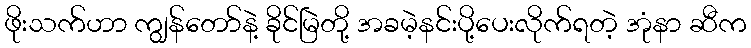
ဖိုးသက်ဟာ ကျွန်တော်နဲ့ ခိုင်မြဲတို့ အခမဲ့နင်းပို့ပေးလိုက်ရတဲ့ အုံနာ ဆီက